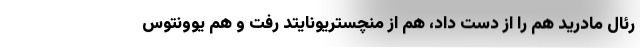
رئال مادرید هم را از دست داد، هم از منچستریونایتد رفت و هم یوونتوس